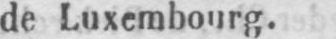
de Luxembourg.